Reports on dispensaries and lunatic asylums in the Province of Oudh - 1869-1876
Year: 1869
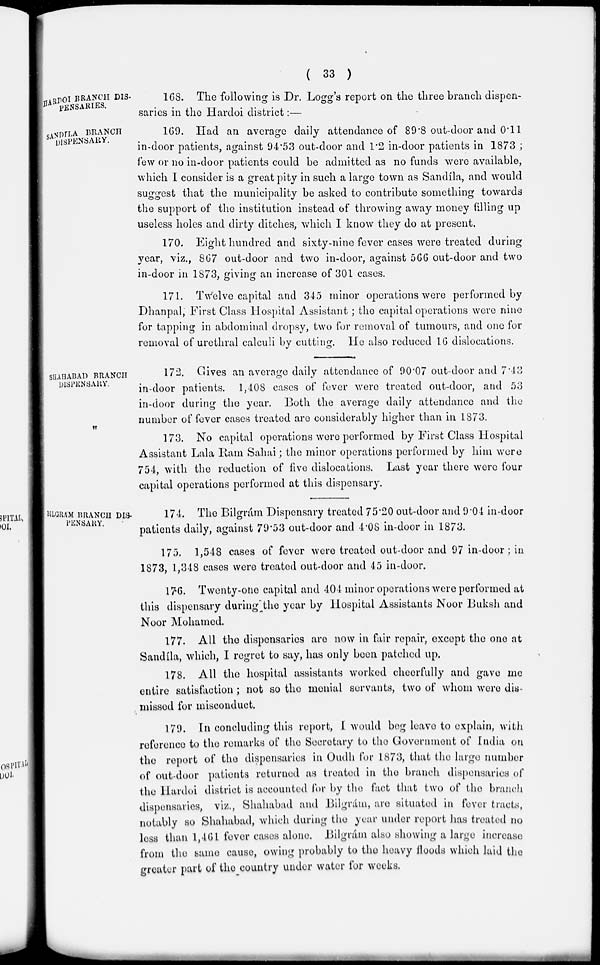
( 33 )
HARDOI BRANCH DIS-
PENSARIES.
168. The following is Dr. Logg's report on the three branch dispen-
saries in the Hardoi district:—
SANDILA BRANCH
DISPENSARY.
169. Had an average daily attendance of 89.8 out-door and 0.11
in-door patients, against 94.53 out-door and 1.2 in-door patients in 1873 ;
few or no in-door patients could be admitted as no funds were available,
which I consider is a great pity in such a large town as Sandíla, and would
suggest that the municipality be asked to contribute something towards
the support of the institution instead of throwing away money filling up
useless holes and dirty ditches, which I know they do at present.
170. Eight hundred and sixty-nine fever cases were treated during
year, viz., 867 out-door and two in-door, against 566 out-door and two
in-door in 1873, giving an increase of 301 cases.
171. Twelve capital and 345 minor operations were performed by
Dhanpal, First Class Hospital Assistant ; the capital operations were nine
for tapping in abdominal dropsy, two for removal of tumours, and one for
removal of urethral calculi by cutting. He also reduced 16 dislocations.
SHAHABAD BRANCH
DISPENSARY.
172. Gives an average daily attendance of 90.07 out-door and 7.43
in-door patients. 1,408 cases of fever were treated out-door, and 53
in-door during the year. Both the average daily attendance and the
number of fever cases treated are considerably higher than in 1873.
173. No capital operations were performed by First Class Hospital
Assistant Lala Ram Sahai; the minor operations performed by him were
754, with the reduction of five dislocations. Last year there were four
capital operations performed at this dispensary.
BILGRAM BRANCH DIS-
PENSARY.
174. The Bilgrám Dispensary treated 75.20 out-door and 9.04 in-door
patients daily, against 79.53 out-door and 4.08 in-door in 1873.
175. 1,548 cases of fever were treated out-door and 97 in-door; in
1873, 1,348 cases were treated out-door and 45 in-door.
176. Twenty-one capital and 404 minor operations were performed at
this dispensary during the year by Hospital Assistants Noor Buksh and
Noor Mohamed.
177. All the dispensaries are now in fair repair, except the one at
Sandíla, which, I regret to say, has only been patched up.
178. All the hospital assistants worked cheerfully and gave me
entire satisfaction ; not so the menial servants, two of whom were dis-
missed for misconduct.
179. In concluding this report, I would beg leave to explain, with
reference to the remarks of the Secretary to the Government of India on
the report of the dispensaries in Oudh for 1873, that the large number
of out-door patients returned as treated in the branch dispensaries of
the Hardoi district is accounted for by the fact that two of the branch
dispensaries, viz., Shahabad and Bilgrám, are situated in fever tracts,
notably so Shahabad, which during the year under report has treated no
less than 1,461 fever cases alone. Bilgrám also showing a large increase
from the same cause, owing probably to the heavy floods which laid the
greater part of the country under water for weeks.